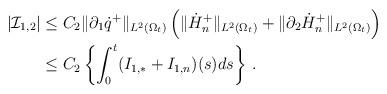
LaTeX: \begin{align*}\vert\mathcal I_{1,2}\vert&\le C_2\Vert\partial_1\dot{q}^+\Vert_{L^2(\Omega_t)} \left(\Vert\dot{H}^+_n\Vert_{L^2(\Omega_t)}+\Vert\partial_2\dot{H}^+_n\Vert_{L^2(\Omega_t)}\right)\\&\le C_2\left\{\int_0^t(I_{1,\ast}+I_{1,n})(s)ds\right\}\,.\end{align*}